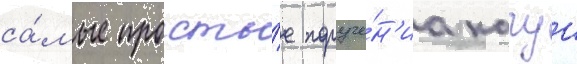
са́мые просты́е поруче́н'иа кагуи